Calcutta medical institutions reports 1892-1900
Year: 1892
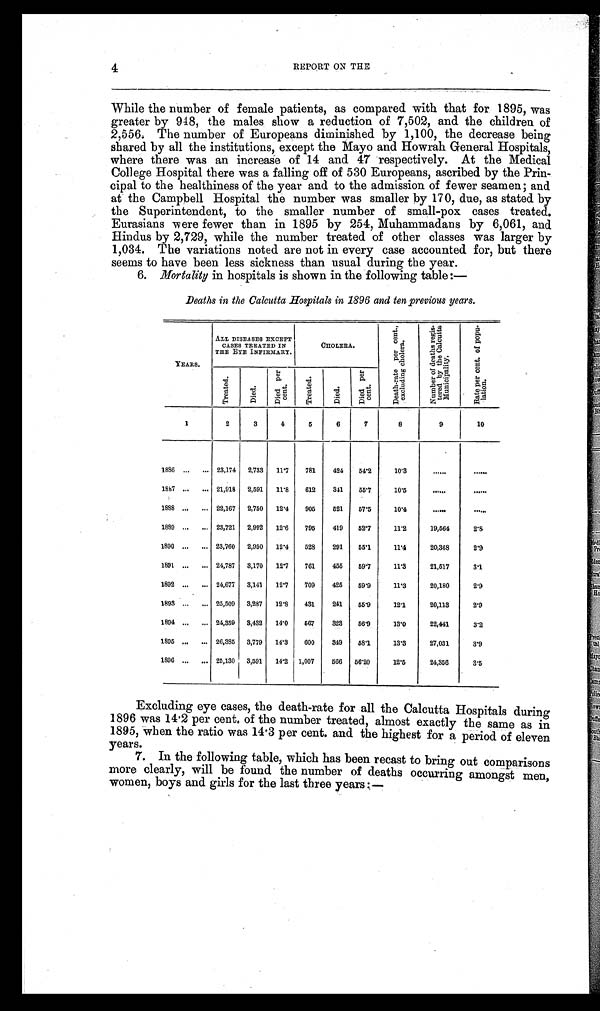
4
REPORT ON THE
While the number of female patients, as compared with that for 1895, was
greater by 948, the males show a reduction of 7,502, and the children of
2 , 5 5 6 . T h e n u m b e r o f E u r o p e a n s d i m i n i s h e d b y 1 , 1 0 0 , t h e d e c r e a s e b e i n g
shared by all the institutions, except the Mayo and Howrah General Hospitals,
where there was an increase of 14 and 47 respectively. At the Medical
College Hospital there was a falling off of 530 Europeans, ascribed by the Prin-
cipal to the healthiness of the year and to the admission of fewer seamen; and
at the Campbell Hospital the number was smaller by 170, due, as stated by
the Superintendent, to the smaller number of small-pox cases treated.
Eurasians were fewer than in 1895 by 254, Muhammadans by 6,061, and
Hindus by 2,729, while the number treated of other classes was larger by
1,034. The variations noted are not in every case accounted for, but there
seems to have been less sickness than usual during the year.
6. Mortality in hospitals is shown in the following table:—
Deaths in, the Calcutta Hospitals in 1896 and ten previous years.
YEARS.
ALL DISEASES EXCEPT
CASES TREATED IN
THE EYE INFIRMARY.
CHOLERA.
D e a t h - r a t e p e r c e n t . , e x c l u d i n g c h o l e r a .
N u m b e r o f d e a t h s r e g i s - t e r e d b y t h e C a l c u t t a m u n i c i p a l i t y .
R a t e p e r c e n t , o f p o p u - l a t i o n .
T r e a t e d .
Di e d .
D i e d p e r c e n t . T r e a t e d . Di e d .
D i e d p e r c e n t .
1
2 3 4 5 6 7
8
9
10
1886
23, 174 2, 733 1 1 . 7 781 424 54. 2 10.3
1867
21, 918 2, 591 11.8 612 341 55. 7 10.5
1888
22, 167 2, 750 12.4 905 521 57. 5 10.4
1889
23, 721 2, 992 12.6 795 419 52. 7 11.2 19, 564 2 8
1890
23, 760 2, 950 12.4 528 291 55. 1 11.4 20, 368 2 . 9
1891
24, 787 3, 170 12.7 761 455 59. 7 11.3 21, 517 3 . 1
1892
24, 677 3, 141 12.7 709 425 59. 9 11.3 20, 180 2 . 9
1893
25, 509 3, 287 12.8 431 241 55. 9 12.1 20, 113 2 . 9
1894
24, 359 3, 432 14.0 5 6 7 323 56. 9 13.0 22, 441 3 . 2
1895
26, 385 3, 779 14.3 600 349 58. 1 13.3 27, 031 3 . 9
1896
25, 130 3, 591 14.2 1, 007 566 56. 20 12.5 24, 356 3 . 5
Excluding eye cases, the death-rate for all the Calcutta Hospitals during
1896 was 14.2 per cent, of the number treated, almost exactly the same as in
1895, when the ratio was 14.3 per cent. and the highest for a period of eleven
years.
7. In the following table, which has been recast to bring out comparisons
more clearly, will be found the number of deaths occurring amongst men,
women, boys and girls for the last three years:—